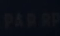
PADRP